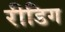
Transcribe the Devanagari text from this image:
रीडिग